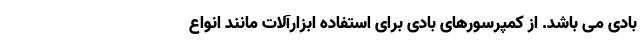
بادی می باشد. از کمپرسورهای بادی برای استفاده ابزارآلات مانند انواع